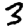
Digit: 3